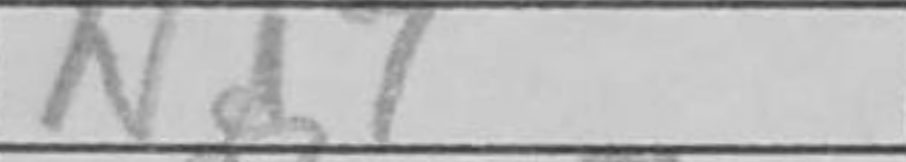
Transcription: Nd7